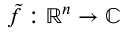
{ \tilde { f } } : \mathbb { R } ^ { n } \to \mathbb { C }